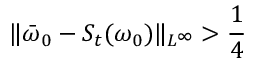
\| \bar { \omega } _ { 0 } - S _ { t } ( \omega _ { 0 } ) \| _ { L ^ { \infty } } > \frac { 1 } { 4 }